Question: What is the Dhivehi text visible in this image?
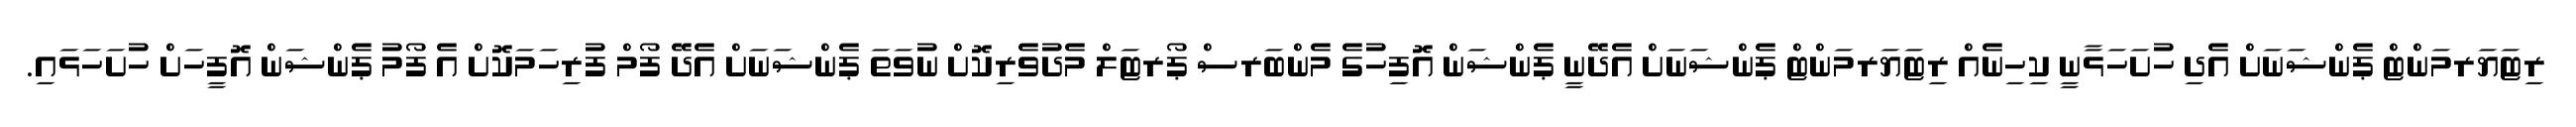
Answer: ރިޓަޔަރމަންޓް ޕެންޝަނަށް އެދި ހުށަހަޅާނީ ކިހިނެއް ރިޓަޔަރމަންޓް ޕެންޝަނަށް އެދޭނީ ޕެންޝަން އޮފިހުގެ މެންބަރސް ޕޯރޓަލް މެދުވެރިކޮށް ނުވަތަ ޕެންޝަނަށް އެދޭ ފޯމް ފުރިހަމަކޮށް އެ ފޯމު ޕެންޝަން އޮފީހަށް ހުށަހަޅައި.